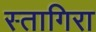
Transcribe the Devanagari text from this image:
स्तागिरा